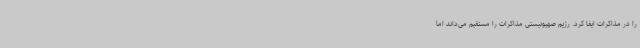
را در مذاکرات ایفا کرد. رژیم صهیونیستی مذاکرات را مستقیم می‌داند اما